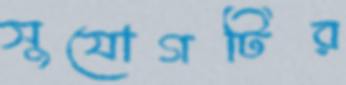
সুযোগটির